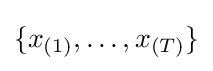
\{x_{(1)},\ldots ,x_{(T)}\}